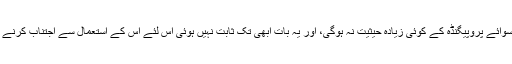
ورنہ خبر کی سوائے پروپیگنڈہ کے کوئی زیادہ حیثیت نہ ہوگی، اور یہ بات ابھی تک ثابت نہیں ہوئی اس لئے اس کے استعمال سے اجتناب كرنے كو واجب نہیں۔